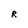
Character: R